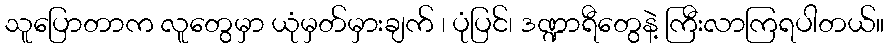
သူပြောတာက လူတွေမှာ ယုံမှတ်မှားချက် ၊ ပုံပြင်၊ ဒဏ္ဍာရီတွေနဲ့ ကြီးလာကြရပါတယ်။